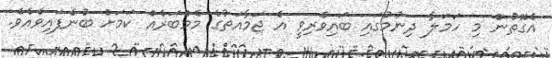
އެގޮތުން މި ހަމަލާ ދިނުމުގައި ބައިވެރިވީ އެ ޖަމާއަތުގެ މެމްބަރެއް ކަމަށް ބުނެފައިވެއެވެ.